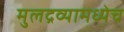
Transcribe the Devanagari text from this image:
मुलद्रव्यामध्येच